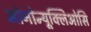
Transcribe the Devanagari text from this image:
मोनोन्यूक्लिओसि